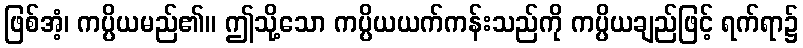
ဖြစ်အံ့၊ ကပ္ပိယမည်၏။ ဤသို့သော ကပ္ပိယယက်ကန်းသည်ကို ကပ္ပိယချည်ဖြင့် ရက်ရာ၌